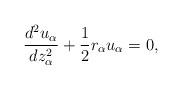
LaTeX: \begin{align*} \frac{d^{2}u_{\alpha}}{dz_{\alpha}^{2}}+\frac{1}{2}r_{\alpha}u_{\alpha}=0,\end{align*}